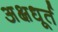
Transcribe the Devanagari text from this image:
अक्षधूर्त